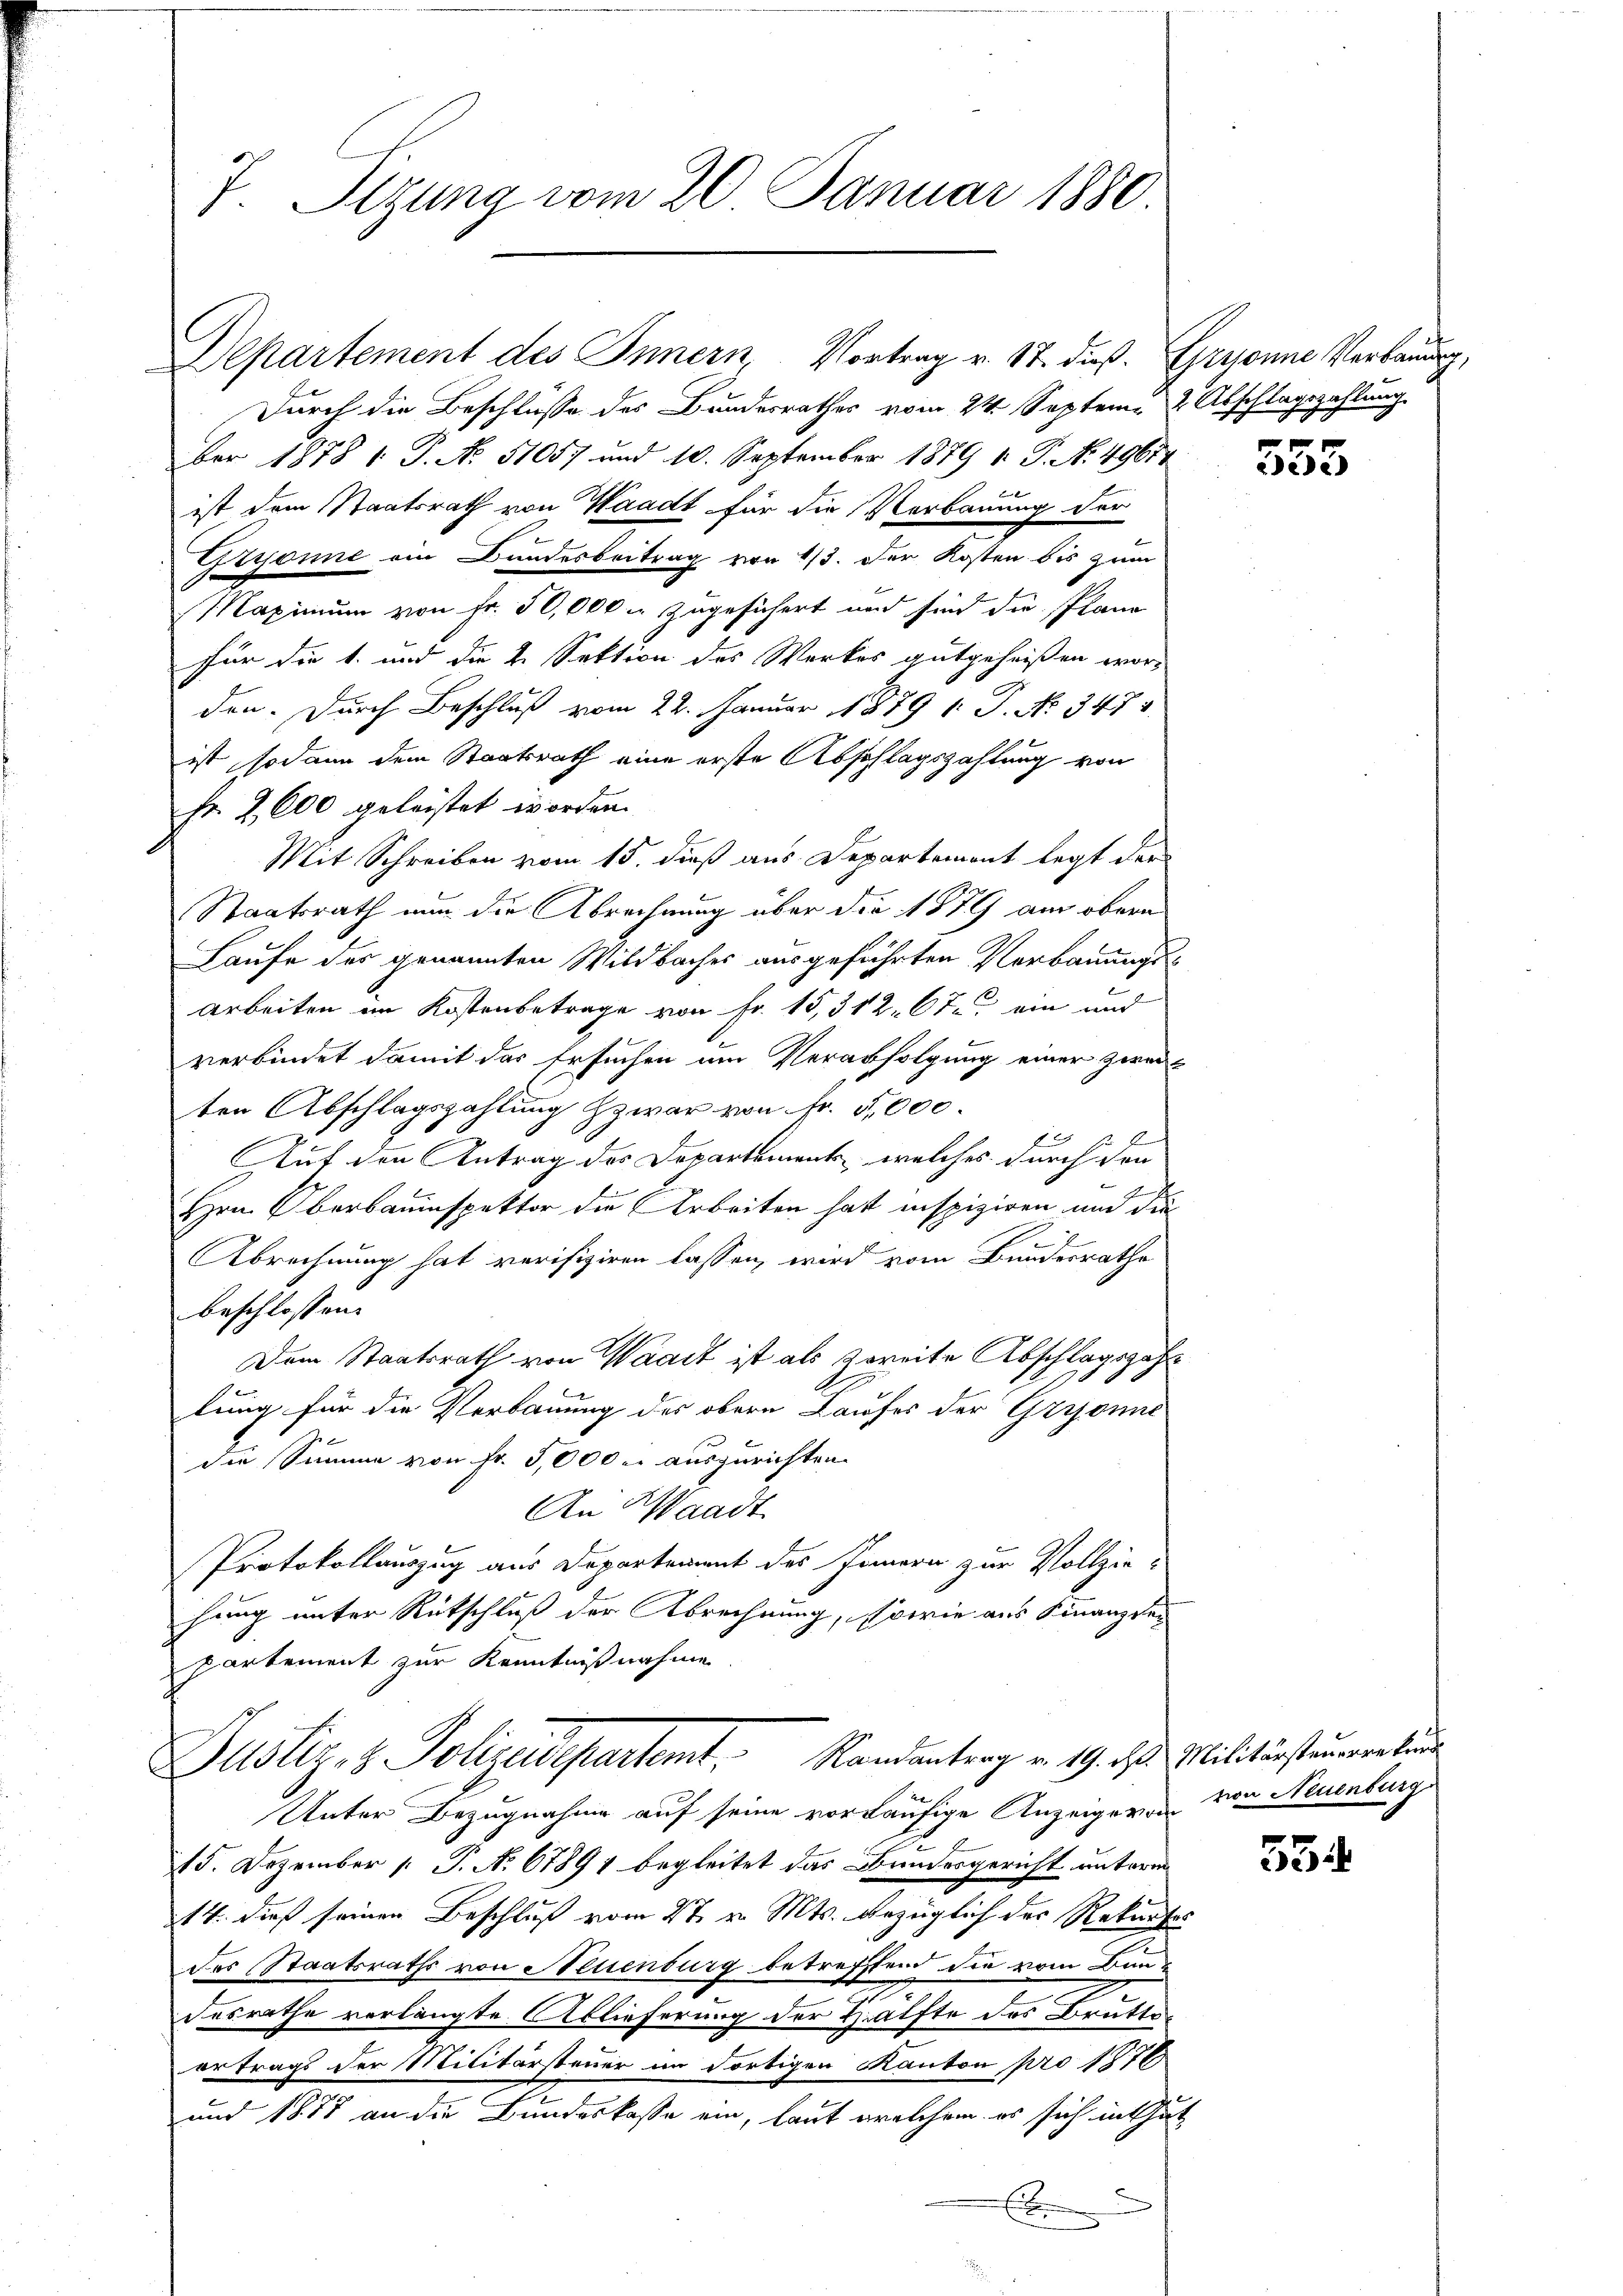
7. Sitzung vom 20. Januar 1880.

Durch die Beschlüsse des Bundesrathes vom 24. Septem 2 Abschlagszahlung
ber 1878 1 S. No. 51057 und 10. September 1879 1. P. N. 49654
ist dem Staatsrath von Waadt für die Verbauung der
Gzyonne ein Bundesbeitrag von 1/3. der Kosten bis zum
Maximum von Fr. 50,000 zugesichert und sind die Plane
für die 1. und die 4. Sektion des Werkes gutgeheißen worden. Durch Beschluß vom 22. Januar 1879 1. P. No 347.
ist sodann dem Staatsrath eine erste Abschlagszahlung von
Fr. 2600 geleistet worden.
Mit Schreiben vom 15. dieß aus Departemont legt der
Staatsrath nun die Abrechnung über die 1879 am obern
Laufe der genannten Wildbaches ausgeführten Verbauungs¬
Arbeiten im Kostenbetrage von Fr. 15,312. 67. ein und
verbindet damit des Ersuchen um Verabfolgung einer zweiten Abschlagszahlung zwar von Fr. 5000.
Ef
Auf den Antrag des Departement, welches durch den
Hrn. Oberbauinspektor die Arbeiten hat inspiziren und die
E
Abrechnung hat verifiziren lassen, wird vom Bundesrathe
beschlossen:
Dem Staatsrath von Waadt ist als zweite Abschlagszahl
lung für die Verbauung des obern Laufes der Gryonne
die Summe von Fr. 5,000 er auszurichten.
An Waadt
Protokollauszug aus Departement des Innern zur Vollzie-
hung unter Rutschluß der Abrechnung, sowie aus Finanzen
partement zur Kenntnißnahme
Justiz- & Polizeidepartemt. Randantrag u. 19. d. Militärstauneralen
Unter Bezugnahme auf seine vorläufige Anzeigeren von Neuenburge
l
15. Dezember 1 P. N. 67891 begleitet das Bundesgericht unterm
14. dieß seinen Beschluß vom 2t v. Mts. bezüglich des Rekurses
.
des Staatsraths von Neuenburg betreffend die vom Bundesrathe verlängte Ablieferung der Hälfte des Brütteertrags der Militärsteuer im dortigen Kanton pro 1876
und 1878 an die Bundeskasse ein, laut welchem es sich in Gut
E

Departement des Innern, Vortrag v. 17. dieß. Gryonne Verbauung,

353

534